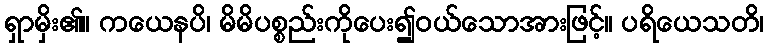
ရှာမှိး၏။ ကယေနပိ၊ မိမိပစ္စည်းကိုပေး၍ဝယ်သောအားဖြင့်။ ပရိယေသတိ၊